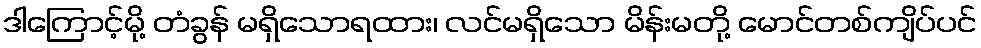
ဒါကြောင့်မို့ တံခွန် မရှိသောရထား၊ လင်မရှိသော မိန်းမတို့ မောင်တစ်ကျိပ်ပင်